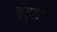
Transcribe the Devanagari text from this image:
रोशने